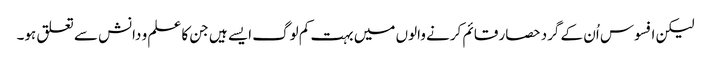
لیکن افسوس اُن کے گرد حصار قائم کرنے والوں میں بہت کم لوگ ایسے ہیں جن کا علم و دانش سے تعلق ہو۔